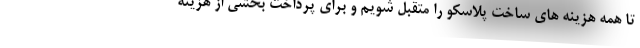
تا همه هزینه های ساخت پلاسکو را متقبل شویم و برای پرداخت بخشی از هزینه